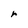
Character: r